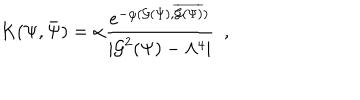
{ K } ( \Psi , \bar { \Psi } ) = \alpha { \frac { e ^ { - \varphi ( { \cal G } ( \Psi ) , \overline { { { { \cal G } ( \Psi ) } } } ) } } { | { \cal G } ^ { 2 } ( \Psi ) - \Lambda ^ { 4 } | } } \ \ ,